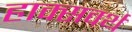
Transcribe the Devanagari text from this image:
हाक्सवर्थ